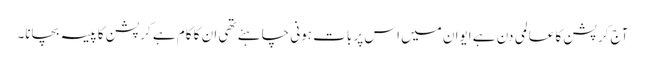
آج کرپشن کا عالمی دن ہے ایوان میں اس پر بات ہونی چاہئے تھی ان کا کام ہے کرپشن کا پیسہ بچانا۔